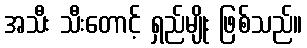
အသီး သီးတောင့် ရှည်မျိုး ဖြစ်သည်။